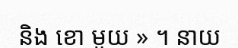
និង ខោ មួយ » ។ នាយ